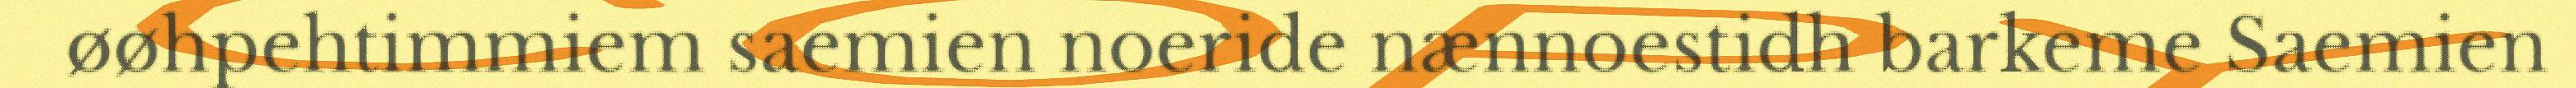
øøhpehtimmiem saemien noeride nænnoestidh barkeme Saemien